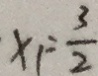
x _ { 1 } = \frac { 3 } { 2 }